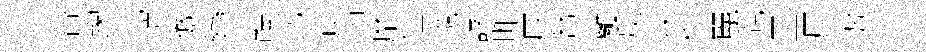
瞢踘屯愷倣轡㷱貳庚抑靡住邈諡昨厚帑籬反抺粹麗親皿厪劬